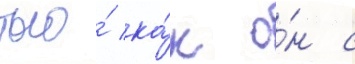
того́ ка́к о́н с